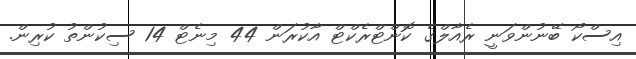
އިސްކޯ ބޭނުންވަނީ ރެއާލްގެ ކޮންޓްރެކްޓް އާކުރަން 44 މިނެޓް 14 ސިކުންތު ކުރިން.